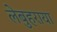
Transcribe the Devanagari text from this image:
लेबुहराया